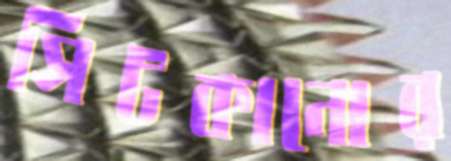
সিটকানোর